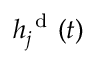
h _ { j } ^ { \mathrm { ~ d ~ } } ( t )